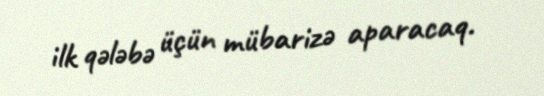
ilk qələbə üçün mübarizə aparacaq.